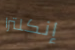
إنكلترا